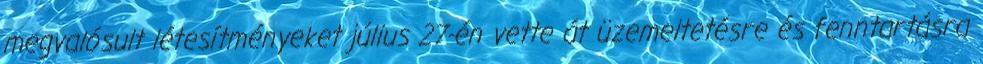
megvalósult létesítményeket július 27-én vette át üzemeltetésre és fenntartásra